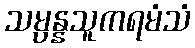
သမ္ပန္နသူကရမံသံ